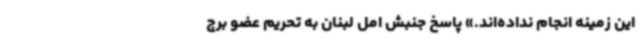
این زمینه انجام نداده‌اند.» پاسخ جنبش امل لبنان به تحریم‌ عضو برج